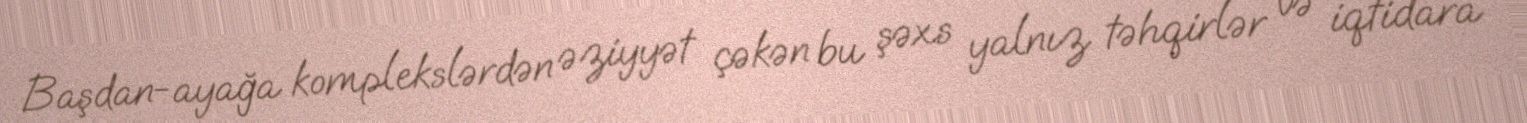
Başdan-ayağa komplekslərdən əziyyət çəkən bu şəxs yalnız təhqirlər və iqtidara